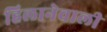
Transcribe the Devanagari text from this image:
हिलानेवाली